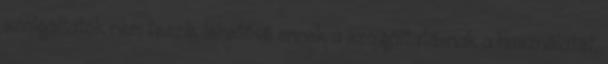
szolgáltatók nem teszik lehetővé ennek a szolgáltatásnak a használatát,